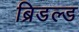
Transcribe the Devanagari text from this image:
ब्रिडल्ड